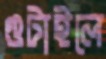
গুটাইলে